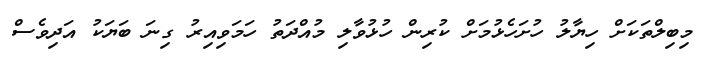
މިބިލްތަކަށް ހިޔާލު ހުށަހެޅުމަށް ކުރިން ހުޅުވާލި މުއްދަތު ހަމަވިއިރު ގިނަ ބަޔަކު އަދިވެސް